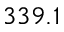
3 3 9 . 1